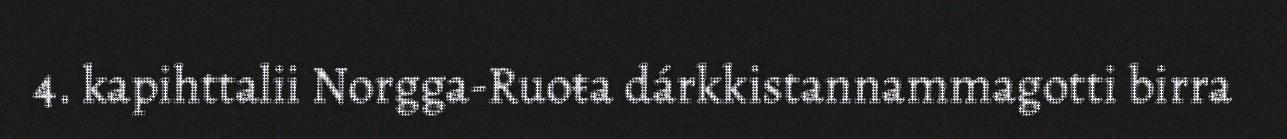
4. kapihttalii Norgga-Ruoŧa dárkkistannammagotti birra